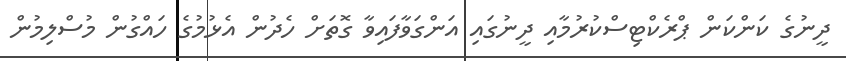
ދީނުގެ ކަންކަން ޕްރެކްޓިސްކުރުމާއި ދީނުގައި އަންގަވާފައިވާ ގޮތަށް ހެދުން އެޅުމުގެ ހައްގުން މުސްލިމުން